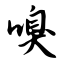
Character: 嗅